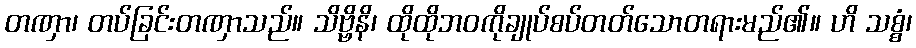
တဏှာ၊ တပ်ခြင်းတဏှာသည်။ သိဗ္ဗိနိ၊ ထိုထိုဘဝကိုချုပ်စပ်တတ်သောတရားမည်၏။ ဟိ သစ္စံ၊